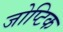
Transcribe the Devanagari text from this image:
जोप्टिक